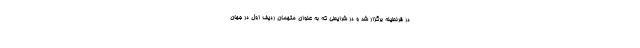
در قرنطینه برگزار شد و در شرایطی که به عنوان متهمان ردیف اول در جهان